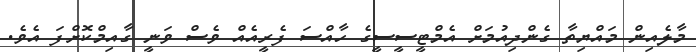
މާލެއިން މައްޔިތާ ގެންދިއުމަށް އެމްޓީސީސީގެ ހާއްސަ ފެރީއެއް ވެސް ވަނީ ގާއިމްކޮށްފަ އެވެ.